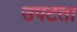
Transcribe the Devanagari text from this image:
उपटता